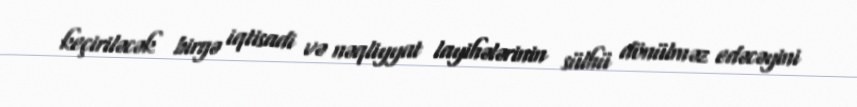
keçiriləcək birgə iqtisadi və nəqliyyat layihələrinin sülhü dönülməz edəcəyini